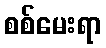
စစ်မေးရာ